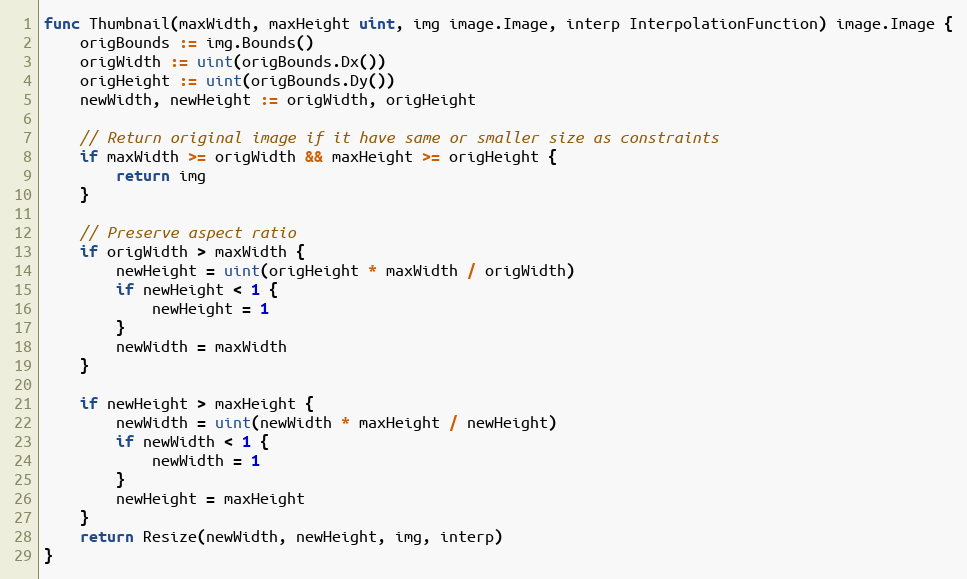
Language: Go
func Thumbnail(maxWidth, maxHeight uint, img image.Image, interp InterpolationFunction) image.Image {
	origBounds := img.Bounds()
	origWidth := uint(origBounds.Dx())
	origHeight := uint(origBounds.Dy())
	newWidth, newHeight := origWidth, origHeight

	// Return original image if it have same or smaller size as constraints
	if maxWidth >= origWidth && maxHeight >= origHeight {
		return img
	}

	// Preserve aspect ratio
	if origWidth > maxWidth {
		newHeight = uint(origHeight * maxWidth / origWidth)
		if newHeight < 1 {
			newHeight = 1
		}
		newWidth = maxWidth
	}

	if newHeight > maxHeight {
		newWidth = uint(newWidth * maxHeight / newHeight)
		if newWidth < 1 {
			newWidth = 1
		}
		newHeight = maxHeight
	}
	return Resize(newWidth, newHeight, img, interp)
}